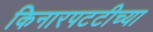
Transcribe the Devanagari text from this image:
किनारपटटीच्या